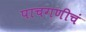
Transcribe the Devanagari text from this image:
पाचगणीचं